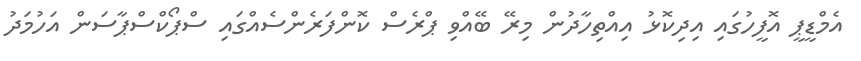
އެމްޑީޕީ އޮފީހުގައި އިދިކޮޅު އިއްތިހާދުން މިރޭ ބޭއްވި ޕްރެސް ކޮންފަރެންސެއްގައި ސްޕޯކްސްޕާސަން އަހުމަދު